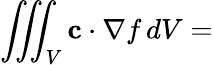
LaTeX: \iiint_{V}\mathbf{c}\cdot\nabla f\, dV=